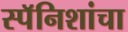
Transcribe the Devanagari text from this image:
स्पॅनिशांचा